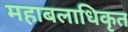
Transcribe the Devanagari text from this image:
महाबलाधिकृत